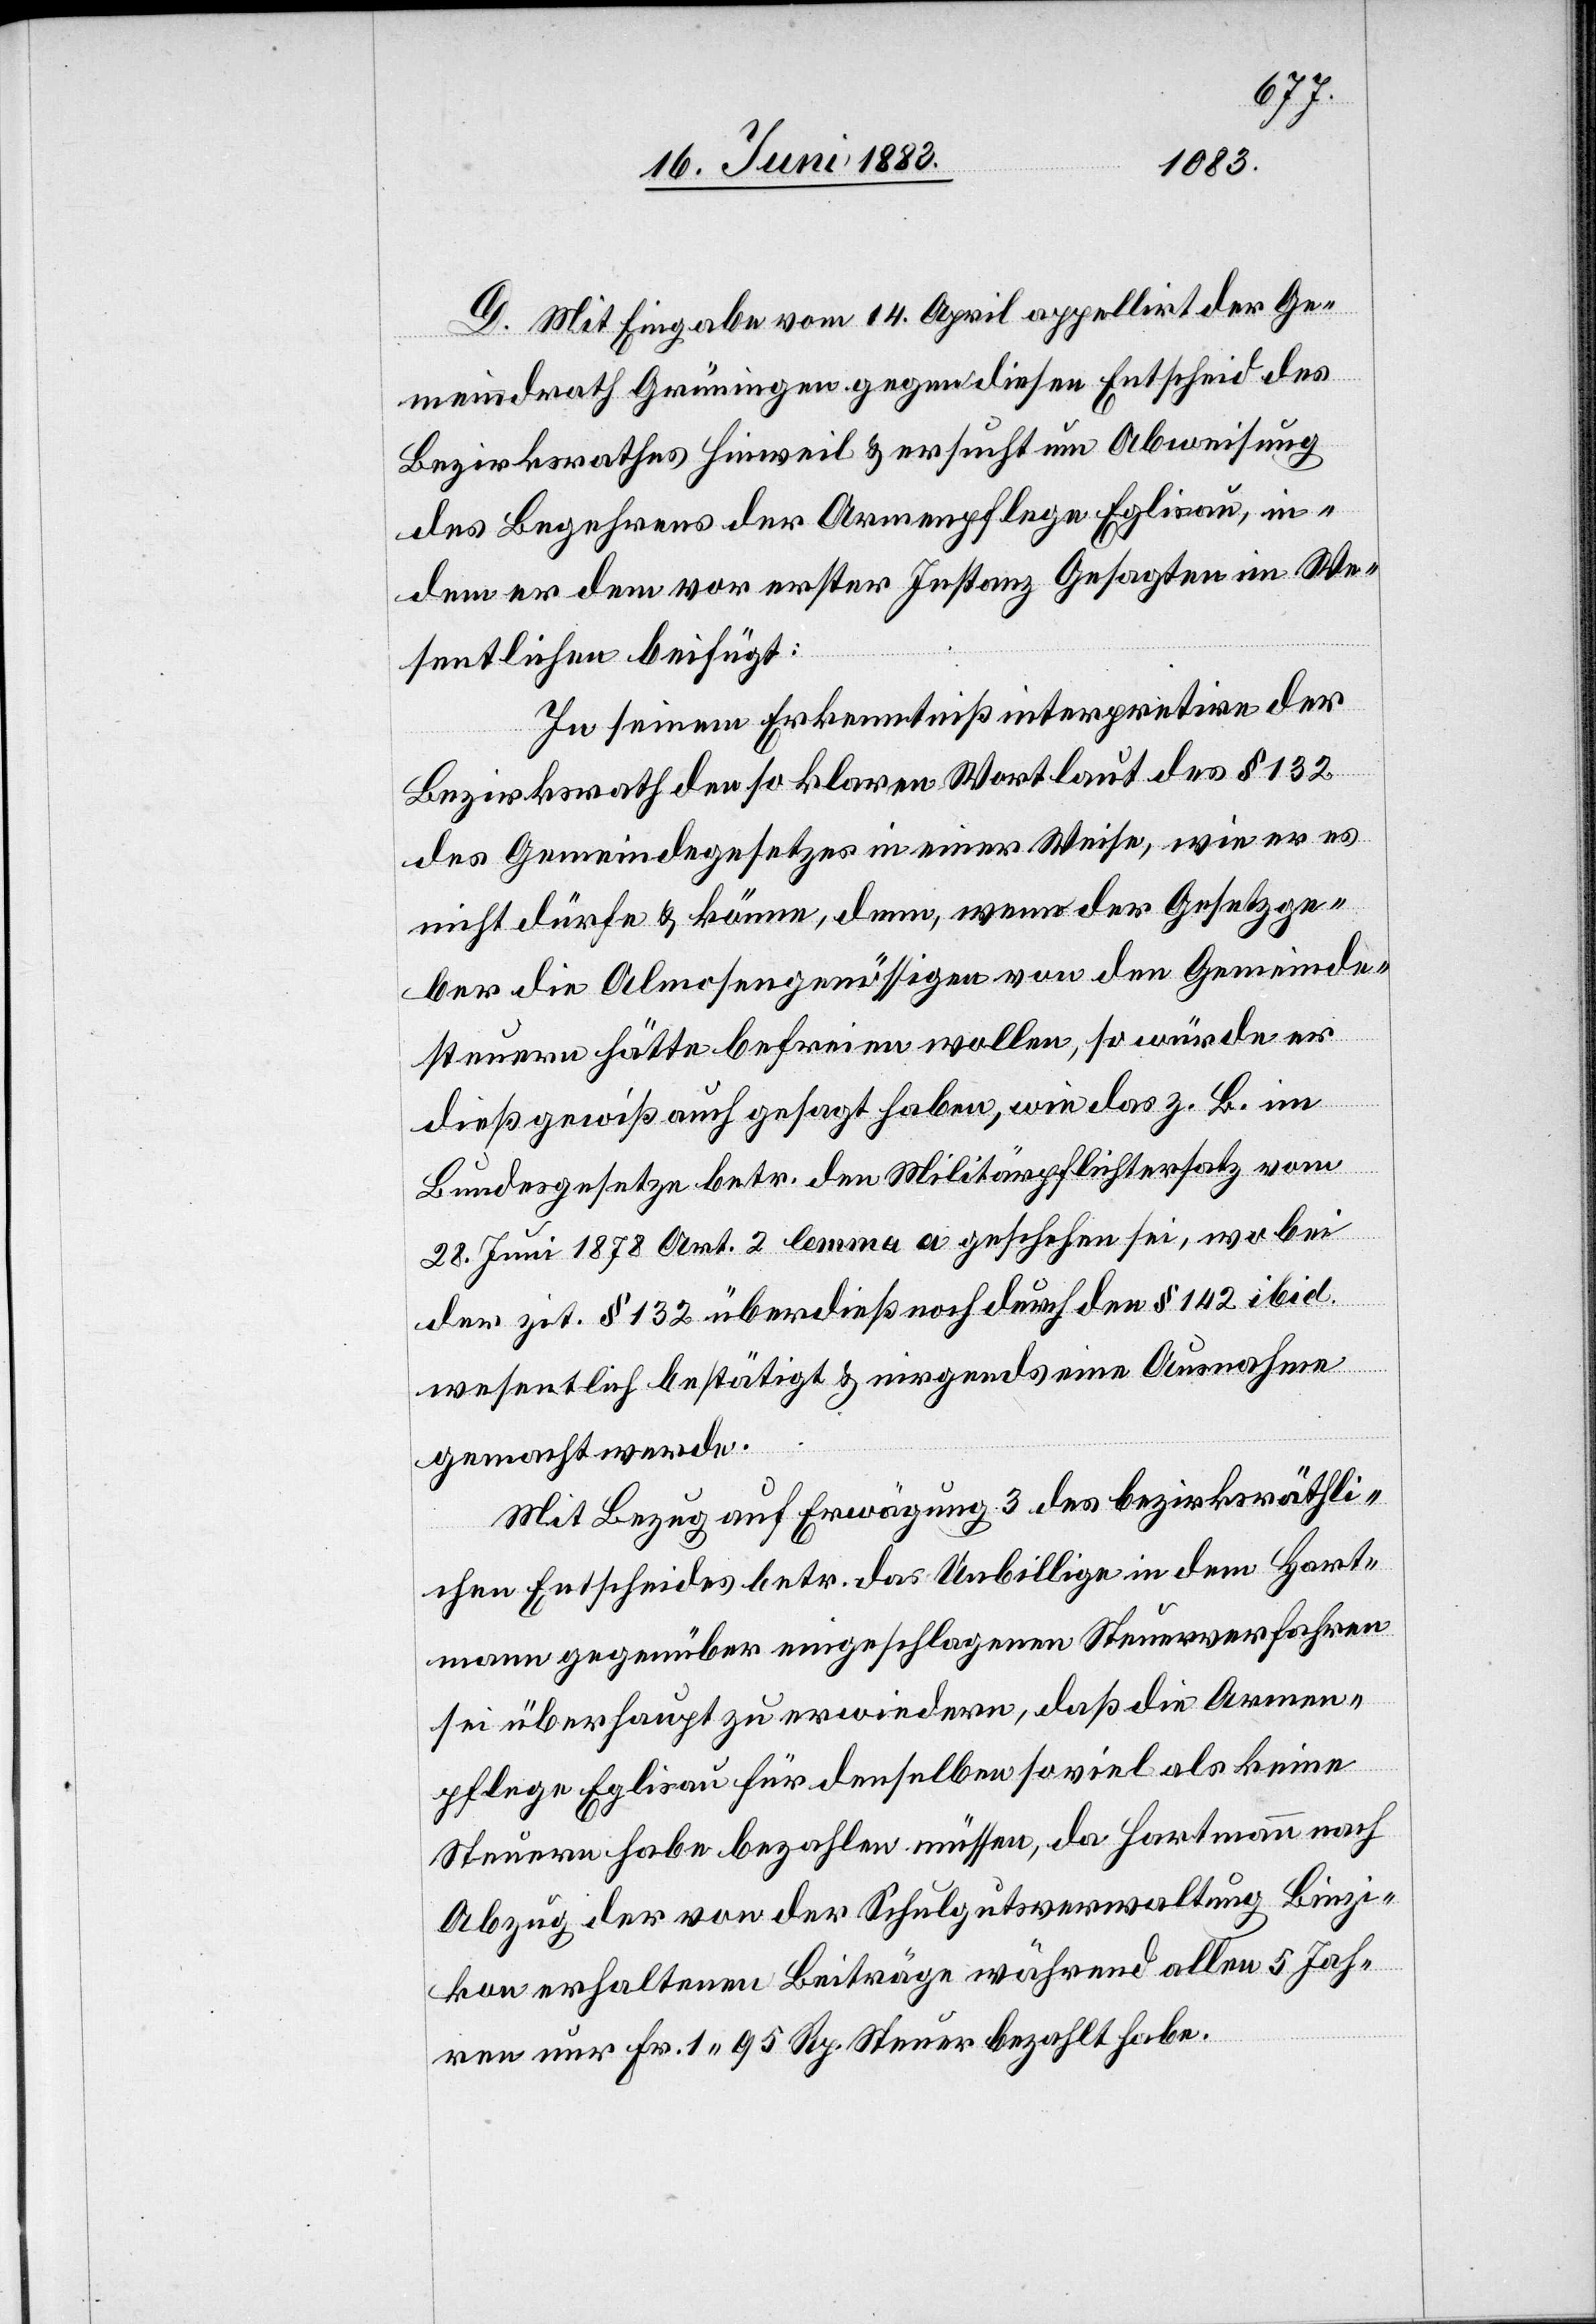
D. Mit Eingabe vom 14. April appellirt der Ge¬
meindrath Grüningen gegen diesen Entscheid des
Bezirksrathes Hinweil & ersucht um Abweisung
des Begehrens der Armenpflege Eglisau, in¬
dem er dem vor erster Instanz Gesagten im We¬
sentlichen beifügt:
In seinem Erkenntniß interpretire der
Bezirksrath den so klaren Wortlaut des § 132
des Gemeindegesetzes in einer Weise, wie er es
nicht dürfe & könne, denn, wenn der Gesetzge¬
ber die Almosengenössigen von den Gemeinde¬
steuern hätte befreien wollen, so würde er
dieß gewiß auch gesagt haben, wie das z. B. im
Bundesgesetze betr. den Militärpflichtersatz vom
28. Juni 1878 Art. 2 lemma a geschehen sei, wobei
der zit. § 132 überdieß noch durch den § 142 ibid
wesentlich bestätigt & nirgends eine Ausnahme
gemacht werde.
Mit Bezug auf Erwägung 3 des bezirksräthli¬
chen Entscheides betr. das Unbillige in dem Hart¬
mann gegenüber eingeschlagenen Steuerverfahren
sei überhaupt zu erwiedern, daß die Armen¬
pflege Eglisau für denselben so viel als keine
Steuern habe bezahlen müssen, da Hartmann nach
Abzug der von der Schulgutsverwaltung Binzi¬
kon erhaltenen Beiträge während allen 5 Jah¬
ren nur Fr. 1 95 Rp. Steuer bezahlt habe.